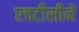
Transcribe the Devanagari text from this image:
एचटीसीने